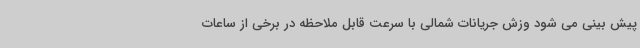
پیش بینی می شود وزش جریانات شمالی با سرعت قابل ملاحظه در برخی از ساعات